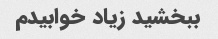
ببخشید زیاد خوابیدم